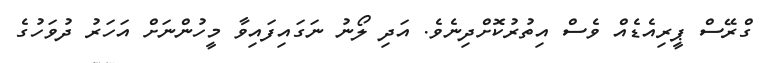
ގްރޭސް ޕީރިއެޑެއް ވެސް އިތުރުކޮށްދިނެވެ. އަދި ލޯނު ނަގައިފައިވާ މީހުންނަށް އަހަރު ދުވަހުގެ